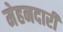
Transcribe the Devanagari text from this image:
मेहनदारी